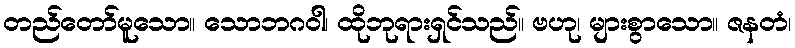
တည်တော်မူသော။ သောဘဂဝါ၊ ထိုဘုရားရှင်သည်။ ဗဟု၊ များစွာသော။ ဇနတံ၊